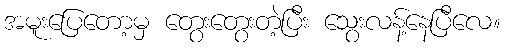
အမူးပြေတော့မှ တွေးတွေးတဲ့ပြီး သွေးလန့်နေပြီလေ။